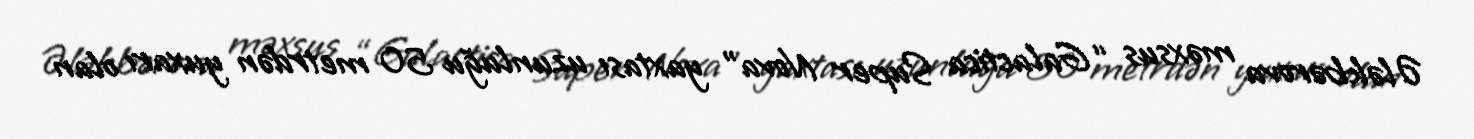
Ələkbərova məxsus “Galactica Super Nova” yaxtası uzunluğu 50 metrdən yuxarı olan